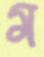
ম